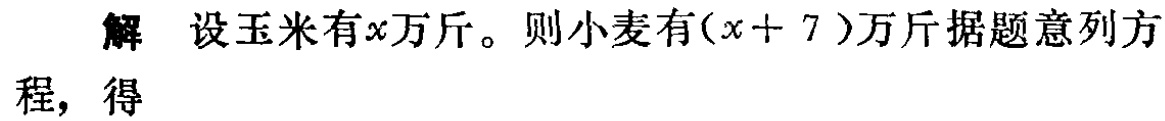
解 设玉米有\(x\)万斤。则小麦有\((x + 7)\)万斤据题意列方程，得